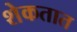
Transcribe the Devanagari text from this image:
शेकतात